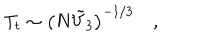
T _ { t } \sim \left( N { \tilde { V } } _ { 3 } \right) ^ { - 1 / 3 } \quad ,